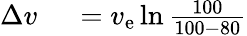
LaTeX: \begin{array}{rl}{\Delta v\ }&{{}=v_{\mathrm{e}}\ln{\frac{100}{100-80}}}\end{array}